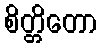
စိတ္တိတော